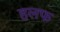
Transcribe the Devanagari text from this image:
हलफ